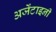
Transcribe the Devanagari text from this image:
अर्जेंटाइनी